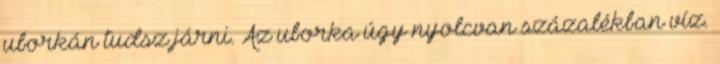
uborkán tudsz járni. Az uborka úgy nyolcvan százalékban víz.